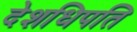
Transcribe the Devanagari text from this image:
देशधिपति